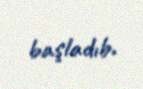
başladıb.